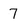
Character: 7